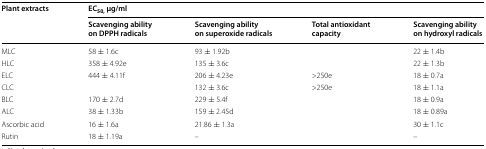
<table><thead><tr><td rowspan="2"><b>Plant extracts</b></td><td colspan="4"><b>EC<sub>50,</sub> μg/ml</b></td></tr><tr><td><b>Scavenging ability on DPPH radicals</b></td><td><b>Scavenging ability on superoxide radicals</b></td><td><b>Total antioxidant capacity</b></td><td><b>Scavenging ability on hydroxyl radicals</b></td></tr></thead><tbody><tr><td>MLC</td><td>58 ± 1.6c</td><td>93 ± 1.92b</td><td>[EMPTY_CELL]</td><td>22 ± 1.4b</td></tr><tr><td>HLC</td><td>358 ± 4.92e</td><td>135 ± 3.6c</td><td>[EMPTY_CELL]</td><td>22 ± 1.3b</td></tr><tr><td>ELC</td><td>444 ± 4.11f</td><td>206 ± 4.23e</td><td>&gt;250e</td><td>18 ± 0.7a</td></tr><tr><td>CLC</td><td>[EMPTY_CELL]</td><td>132 ± 3.6c</td><td>&gt;250e</td><td>18 ± 1.1a</td></tr><tr><td>BLC</td><td>170 ± 2.7d</td><td>229 ± 5.4f</td><td>[EMPTY_CELL]</td><td>18 ± 0.9a</td></tr><tr><td>ALC</td><td>38 ± 1.33b</td><td>159 ± 2.45d</td><td>[EMPTY_CELL]</td><td>18 ± 0.89a</td></tr><tr><td>Ascorbic acid</td><td>16 ± 1.6a</td><td>21.86 ± 1.3a</td><td>[EMPTY_CELL]</td><td>30 ± 1.1c</td></tr><tr><td>Rutin</td><td>18 ± 1.19a</td><td>–</td><td>[EMPTY_CELL]</td><td>–</td></tr></tbody></table>